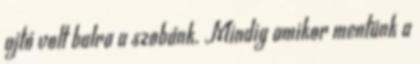
ajtó volt balra a szobánk. Mindig amikor mentünk a